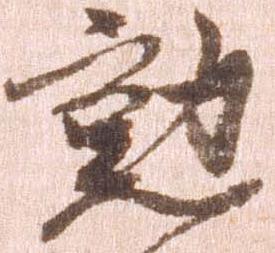
勲